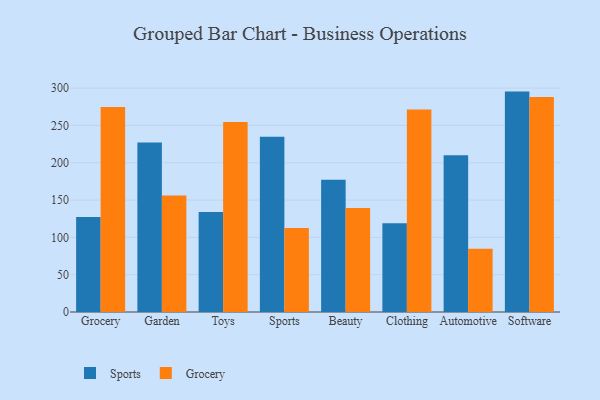
{"axis": {"x": "Category", "y": "LTV (USD)"}, "legend": ["Grocery", "Sports"], "data": [{"x": "Grocery", "y": 127.2, "type": "Sports"}, {"x": "Grocery", "y": 274.8, "type": "Grocery"}, {"x": "Garden", "y": 227.1, "type": "Sports"}, {"x": "Garden", "y": 156.1, "type": "Grocery"}, {"x": "Toys", "y": 134.0, "type": "Sports"}, {"x": "Toys", "y": 254.7, "type": "Grocery"}, {"x": "Sports", "y": 234.8, "type": "Sports"}, {"x": "Sports", "y": 112.4, "type": "Grocery"}, {"x": "Beauty", "y": 177.2, "type": "Sports"}, {"x": "Beauty", "y": 139.2, "type": "Grocery"}, {"x": "Clothing", "y": 119.0, "type": "Sports"}, {"x": "Clothing", "y": 271.4, "type": "Grocery"}, {"x": "Automotive", "y": 210.1, "type": "Sports"}, {"x": "Automotive", "y": 84.7, "type": "Grocery"}, {"x": "Software", "y": 295.3, "type": "Sports"}, {"x": "Software", "y": 287.9, "type": "Grocery"}]}